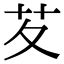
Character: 䒘